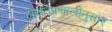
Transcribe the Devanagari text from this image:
लेखनप्रणालीनुसार